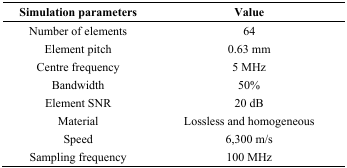
<table><thead><tr><td><b>Simulation parameters</b></td><td><b>Value</b></td></tr></thead><tbody><tr><td>Number of elements</td><td>64</td></tr><tr><td>Element pitch</td><td>0.63 mm</td></tr><tr><td>Centre frequency</td><td>5 MHz</td></tr><tr><td>Bandwidth</td><td>50%</td></tr><tr><td>Element SNR</td><td>20 dB</td></tr><tr><td>Material</td><td>Lossless and homogeneous</td></tr><tr><td>Speed</td><td>6,300 m/s</td></tr><tr><td>Sampling frequency</td><td>100 MHz</td></tr></tbody></table>